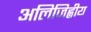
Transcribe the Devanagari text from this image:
अलिजिह्वीय